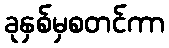
ခုနှစ်မှစတင်ကာ